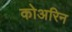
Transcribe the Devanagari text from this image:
कोअरिन